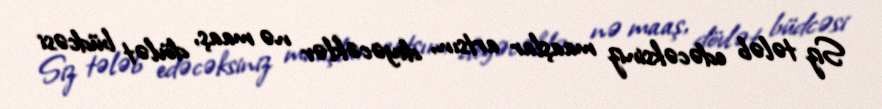
Siz tələb edəcəksiniz maaşlar artsın, deyəcəklər nə maaş, dövlət büdcəsi